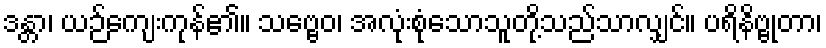
ဒန္တာ၊ ယဉ်ကျေးကုန်၏။ သဗ္ဗေဝ၊ အလုံးစုံသောသူတို့သည်သာလျှင်။ ပရိနိဗ္ဗုတာ၊